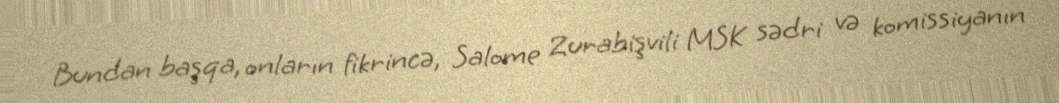
Bundan başqa, onların fikrincə, Salome Zurabişvili MSK sədri və komissiyanın